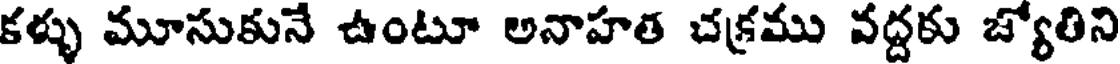
కళ్ళు మూసుకునే ఉంటూ అనాహత చక్రము వద్దకు జ్యోతిని